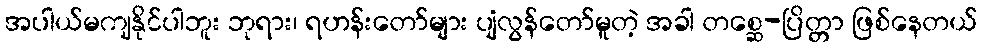
အပါယ်မကျနိုင်ပါဘူး ဘုရား၊ ရဟန်းတော်များ ပျံလွန်တော်မူတဲ့ အခါ တစ္ဆေ-ပြိတ္တာ ဖြစ်နေတယ်